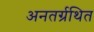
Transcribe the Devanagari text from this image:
अनतर्ग्रथित